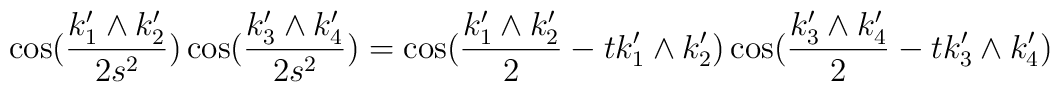
\cos(\frac{k_1^{\prime}\wedge k_2^{\prime}}{2s^2})\cos(\frac{k_3^{\prime}\wedge k_4^{\prime}}{2s^2})=\cos(\frac{k_1^{\prime}\wedge k_2^{\prime}}{2}-tk_1^{\prime}\wedge k_2^{\prime})\cos(\frac{k_3^{\prime}\wedge k_4^{\prime}}{2}-tk_3^{\prime}\wedge k_4^{\prime})